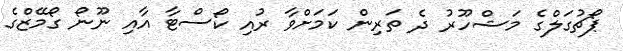
ޕޯޗުގަލްގެ މަޝްހޫރު ދެ ތަރިން ކަމަށްވާ ރުއި ކޯސްޓާ އާއި ނޫނޯ ގޯމޭޒްގެ